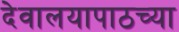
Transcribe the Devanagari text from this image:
देवालयापाठच्या